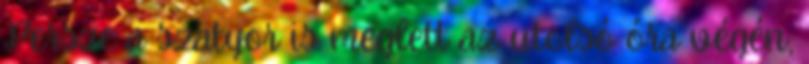
Persze a szatyor is meglett az utolsó óra végén,